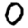
Digit: 0